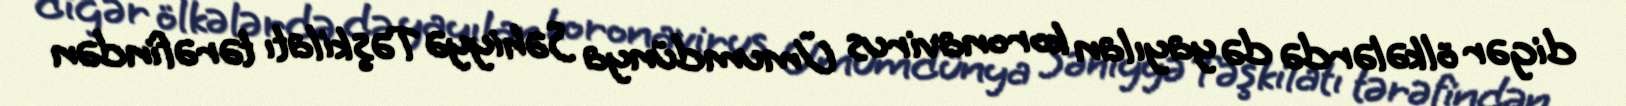
digər ölkələrdə də yayılan koronavirus Ümumdünya Səhiyyə Təşkilatı tərəfindən